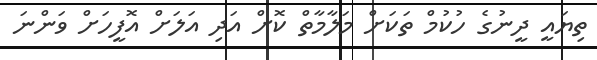
ތިޔައީ ދީނުގެ ހުކުމް ތަކަށް މަލާމާތް ކޮށް އަދި އަލަށް އޮފީހަށް ވަންނަ